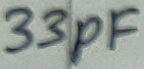
Text: 33pF